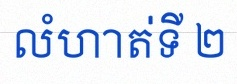
លំហាត់ទី ២